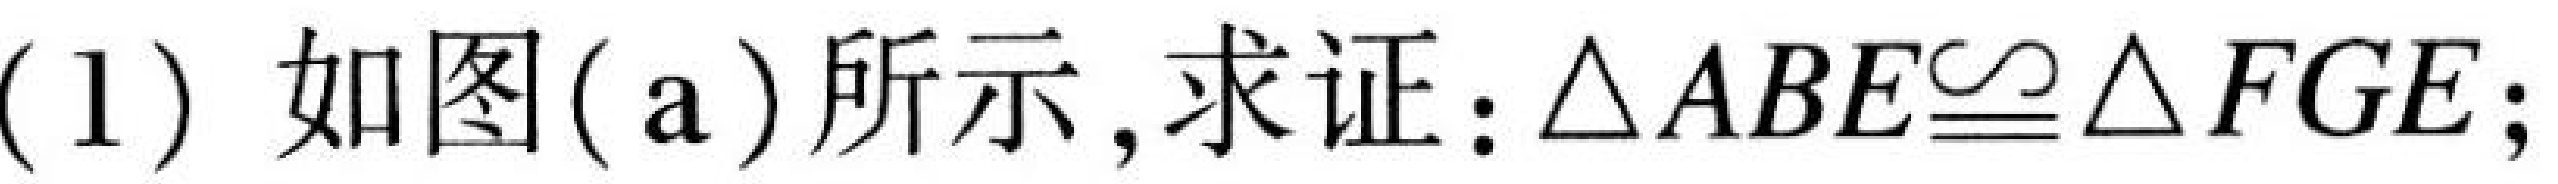
(1) 如图(\text{a})所示，求证：\(\triangle ABE\cong\triangle FGE\)；